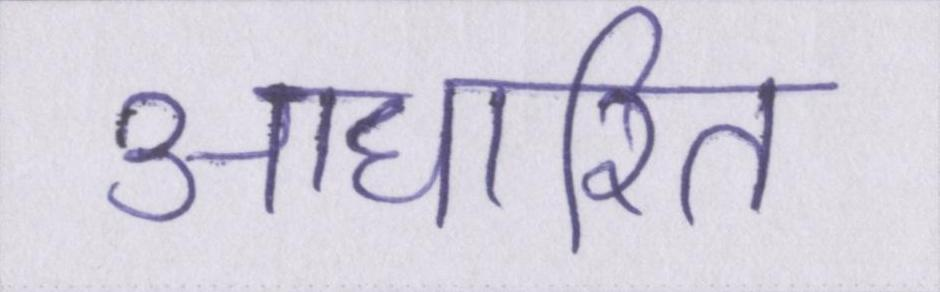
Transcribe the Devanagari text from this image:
आधारित